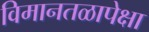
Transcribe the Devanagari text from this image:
विमानतळापेक्षा